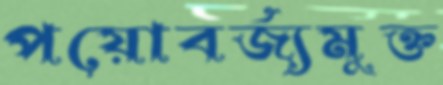
পয়োবর্জ্যমুক্ত